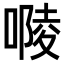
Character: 𠻱